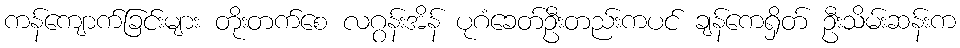
ကန်ကျောက်ခြင်းများ တိုးတက်စေ လဂွန်းအိန် ပုဂံခေတ်ဦးတည်းကပင် ချန်ကေရှိတ် ဦးသိမ်းဆန်းက